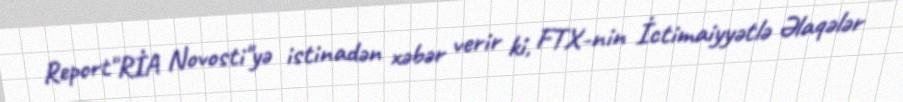
Report"RİA Novosti"yə istinadən xəbər verir ki, FTX-nin İctimaiyyətlə Əlaqələr